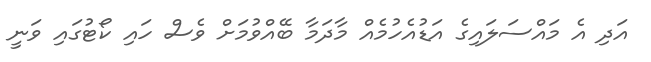
އަދި އެ މައްސަލައިގެ އަޑުއެހުމެއް މާދަމާ ބޭއްވުމަށް ވެސް ހައި ކޯޓުގައި ވަނީ